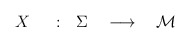
\begin{align*}X ~~~~: ~~\Sigma ~~~\longrightarrow~~~{\cal M}\end{align*}